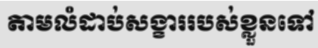
តាមលំដាប់សង្ខាររបស់ខ្លួនទៅ